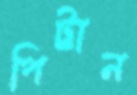
পিট্টান